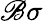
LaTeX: \mathscr{B}\sigma